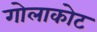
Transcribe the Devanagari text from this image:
गोलाकोट